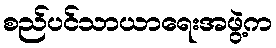
စည်ပင်သာယာရေးအဖွဲ့က